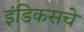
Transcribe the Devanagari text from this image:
इंडिकसचे